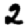
Digit: 2